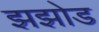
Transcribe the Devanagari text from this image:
झझोड